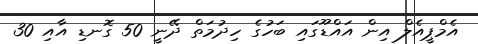
އެމްޕީއެލް އިން އައްޑޫގައި ބަހުގެ ހިދުމަތް ދޭނީ 50 ގޮނޑި އާއި 30